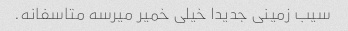
سیب زمینی جدیدا خیلی خمیر میرسه متاسفانه.